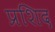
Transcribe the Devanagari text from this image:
प्रशिद